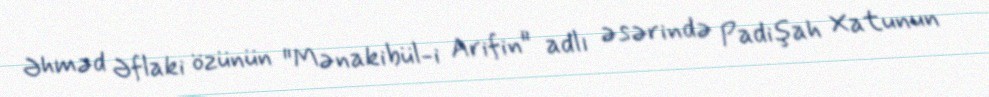
Əhməd Əflaki özünün "Mənakibül-i Arifin" adlı əsərində Padişah Xatunun